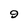
Character: 9